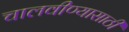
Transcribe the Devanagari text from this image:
चालवीण्यासाठी